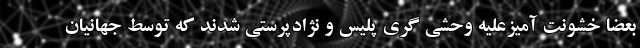
بعضا خشونت آمیزعلیه وحشی گری پلیس و نژادپرستی شدند که توسط جهانیان